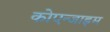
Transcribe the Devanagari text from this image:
कोएन्जाइम